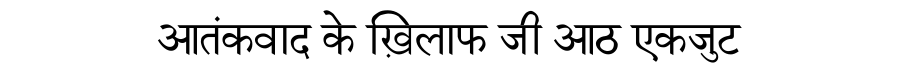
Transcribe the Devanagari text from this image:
आतंकवाद के ख़िलाफ जी आठ एकजुट